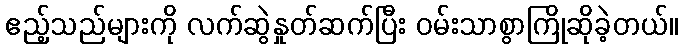
ဧည့်သည်များကို လက်ဆွဲနှုတ်ဆက်ပြီး ဝမ်းသာစွာကြိုဆိုခဲ့တယ်။